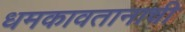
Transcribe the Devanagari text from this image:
धमकावतानाची